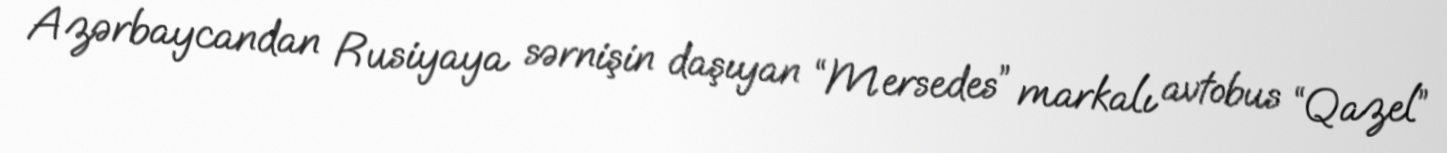
Azərbaycandan Rusiyaya sərnişin daşıyan “Mersedes” markalı avtobus “Qazel”